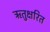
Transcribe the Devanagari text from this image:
ऋतुक्षरित